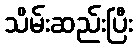
သိမ်းဆည်းပြီး